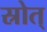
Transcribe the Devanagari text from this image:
स्रोत्